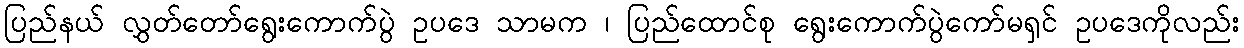
ပြည်နယ် လွှတ်တော်ရွေးကောက်ပွဲ ဥပဒေ သာမက ၊ ပြည်ထောင်စု ရွေးကောက်ပွဲကော်မရှင် ဥပဒေကိုလည်း